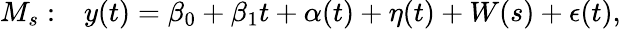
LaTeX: \begin{array}{r}{M_{s}:~~~y(t)=\beta_{0}+\beta_{1}t+\alpha(t)+\eta(t)+W(s)+\epsilon(t),}\end{array}